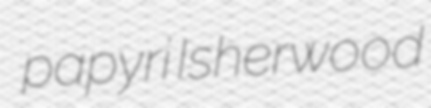
papyri Isherwood